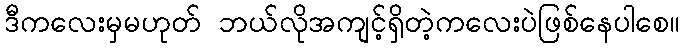
ဒီကလေးမှမဟုတ် ဘယ်လိုအကျင့်ရှိတဲ့ကလေးပဲဖြစ်နေပါစေ။